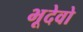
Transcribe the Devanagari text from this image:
भूदेवो